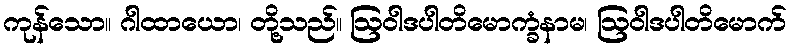
ကုန်သော။ ဂါထာယော၊ တို့သည်။ ဩဝါဒပါတိမောက္ခံနာမ၊ ဩဝါဒပါတိမောက်